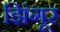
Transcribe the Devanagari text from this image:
झिंगूर